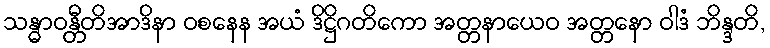
သန္ဓာဝန္တီတိအာဒိနာ ဝစနေန အယံ ဒိဋ္ဌိဂတိကော အတ္တနာယေဝ အတ္တနော ဝါဒံ ဘိန္ဒတိ,